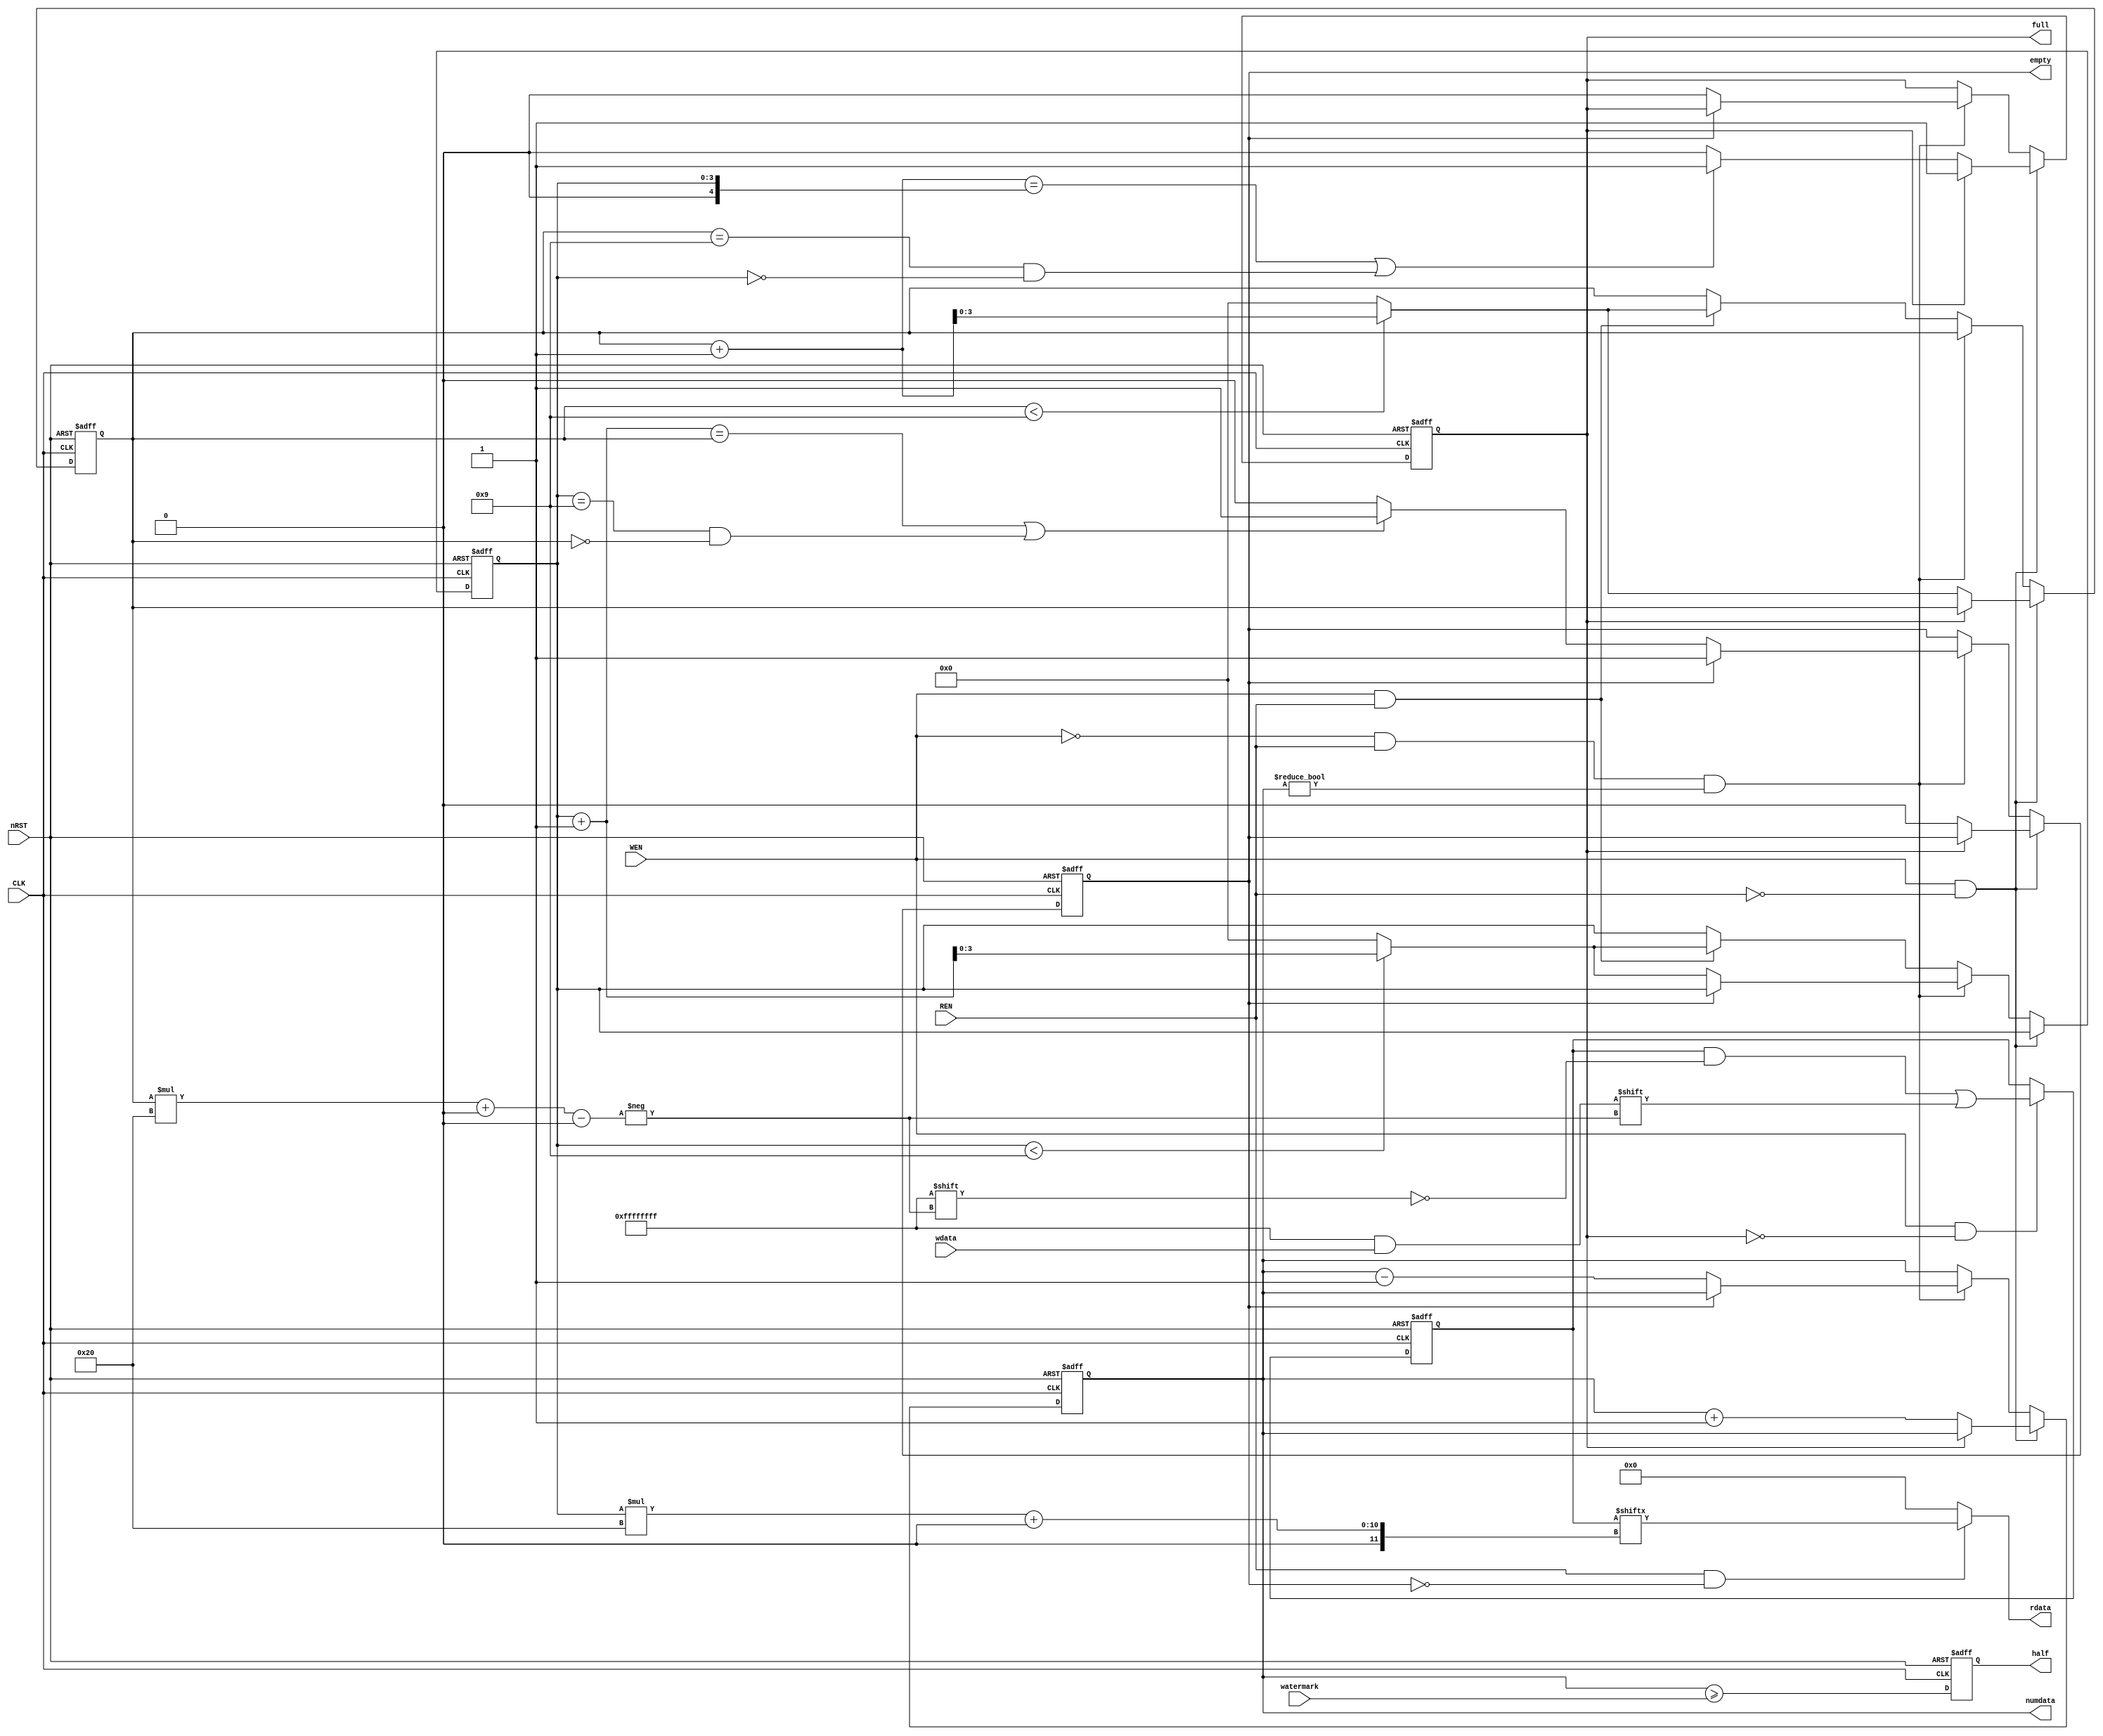
module fifo (
	CLK,
	nRST,
	WEN,
	REN,
	wdata,
	watermark,
	rdata,
	numdata,
	empty,
	full,
	half
);
	parameter NUM_BITS = 32;
	parameter buffer_size = 10;
	parameter addr_bits = 4;
	parameter WATER_DIR = 0;
	input wire CLK;
	input wire nRST;
	input wire WEN;
	input wire REN;
	input wire [NUM_BITS - 1:0] wdata;
	input wire [4:0] watermark;
	output wire [NUM_BITS - 1:0] rdata;
	output reg [addr_bits - 1:0] numdata;
	output reg empty;
	output reg full;
	output reg half;
	localparam GREATER_EQUAL = 0;
	localparam LESS_EQUAL = 1;
	reg empty_nxt;
	reg full_nxt;
	wire half_nxt;
	reg [addr_bits - 1:0] wr_ptr;
	reg [addr_bits - 1:0] rd_ptr;
	reg [addr_bits - 1:0] wr_ptr_nxt;
	reg [addr_bits - 1:0] rd_ptr_nxt;
	reg [addr_bits - 1:0] numdata_nxt;
	reg [(buffer_size * NUM_BITS) - 1:0] regs;
	assign rdata = (REN && ~empty ? regs[rd_ptr * NUM_BITS+:NUM_BITS] : {NUM_BITS {1'sb0}});
	always @(posedge CLK or negedge nRST)
		if (!nRST) begin
			empty <= 0;
			full <= 0;
			half <= 0;
			rd_ptr <= {addr_bits {1'sb0}};
			wr_ptr <= {addr_bits {1'sb0}};
			numdata <= {addr_bits {1'sb0}};
		end
		else begin
			empty <= empty_nxt;
			full <= full_nxt;
			half <= half_nxt;
			rd_ptr <= rd_ptr_nxt;
			wr_ptr <= wr_ptr_nxt;
			numdata <= numdata_nxt;
		end
	function automatic [NUM_BITS - 1:0] sv2v_cast_56285;
		input reg [NUM_BITS - 1:0] inp;
		sv2v_cast_56285 = inp;
	endfunction
	always @(negedge CLK or negedge nRST)
		if (!nRST)
			regs <= {buffer_size {sv2v_cast_56285(1'sb0)}};
		else if ((WEN == 1) && (full == 0))
			regs[wr_ptr * NUM_BITS+:NUM_BITS] <= wdata;
	generate
		if (WATER_DIR == LESS_EQUAL) begin
			assign half_nxt = numdata <= watermark;
		end
		else assign half_nxt = numdata >= watermark;
	endgenerate
	always @(*) begin
		wr_ptr_nxt = wr_ptr;
		rd_ptr_nxt = rd_ptr;
		empty_nxt = empty;
		full_nxt = full;
		numdata_nxt = numdata;
		if ((WEN == 1) && (REN == 0)) begin
			if (full == 0) begin
				if (wr_ptr < (buffer_size - 1))
					wr_ptr_nxt = wr_ptr + 1;
				else
					wr_ptr_nxt = {addr_bits {1'sb0}};
				numdata_nxt = numdata + 1;
				empty_nxt = 0;
				if (((wr_ptr + 1) == rd_ptr) || ((wr_ptr == (buffer_size - 1)) && (rd_ptr == {addr_bits {1'sb0}})))
					full_nxt = 1;
				else
					full_nxt = 0;
			end
		end
		else if (((WEN == 0) && (REN == 1)) && (numdata != 0)) begin
			if (empty == 0) begin
				if (rd_ptr < (buffer_size - 1))
					rd_ptr_nxt = rd_ptr + 1;
				else
					rd_ptr_nxt = {addr_bits {1'sb0}};
				numdata_nxt = numdata - 1;
				full_nxt = 0;
				if (((rd_ptr + 1) == wr_ptr) || ((rd_ptr == (buffer_size - 1)) && (wr_ptr == {addr_bits {1'sb0}})))
					empty_nxt = 1;
				else
					empty_nxt = 0;
			end
		end
		else if ((WEN == 1) && (REN == 1)) begin
			if (wr_ptr < (buffer_size - 1))
				wr_ptr_nxt = wr_ptr + 1;
			else
				wr_ptr_nxt = {addr_bits {1'sb0}};
			if (rd_ptr < (buffer_size - 1))
				rd_ptr_nxt = rd_ptr + 1;
			else
				rd_ptr_nxt = {addr_bits {1'sb0}};
		end
	end
endmodule